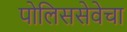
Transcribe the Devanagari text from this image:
पोलिससेवेचा